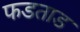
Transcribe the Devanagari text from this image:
फडताड